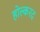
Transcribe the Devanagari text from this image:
होल्करद